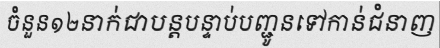
ចំនួន១២នាក់ជាបន្តបន្ទាប់បញ្ជូនទៅកាន់ជំនាញ